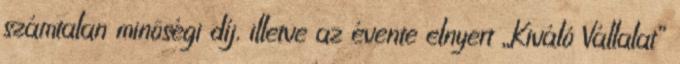
számtalan minôségi díj, illetve az évente elnyert „Kiváló Vállalat”